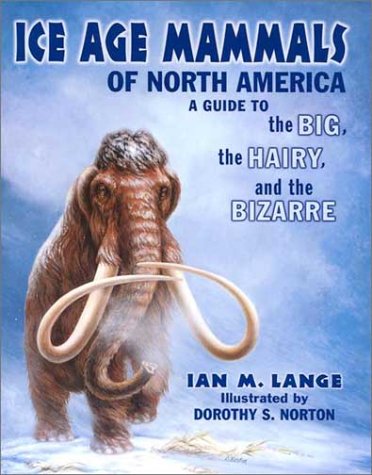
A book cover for Ice Age Mammals of North America; Ian Lange; Science & Math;